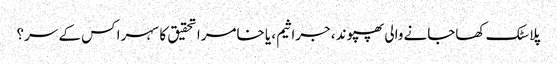
پلاسٹک کھاجانے والی پھپوند، جراثیم، یا خامرا تحقیق کا سہرا کس کے سر؟